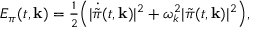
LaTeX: { \cal E } _ { \pi } ( t , { \bf k } ) = { \textstyle { \frac { 1 } { 2 } } } \Bigl ( \vert \dot { \tilde { \pi } } ( t , { \bf k } ) \vert ^ { 2 } + \omega _ { k } ^ { 2 } \vert \tilde { \pi } ( t , { \bf k } ) \vert ^ { 2 } \Bigr ) ,